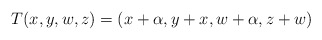
\begin{align*}T(x,y,w,z) = (x + \alpha, y + x, w + \alpha, z + w)\end{align*}